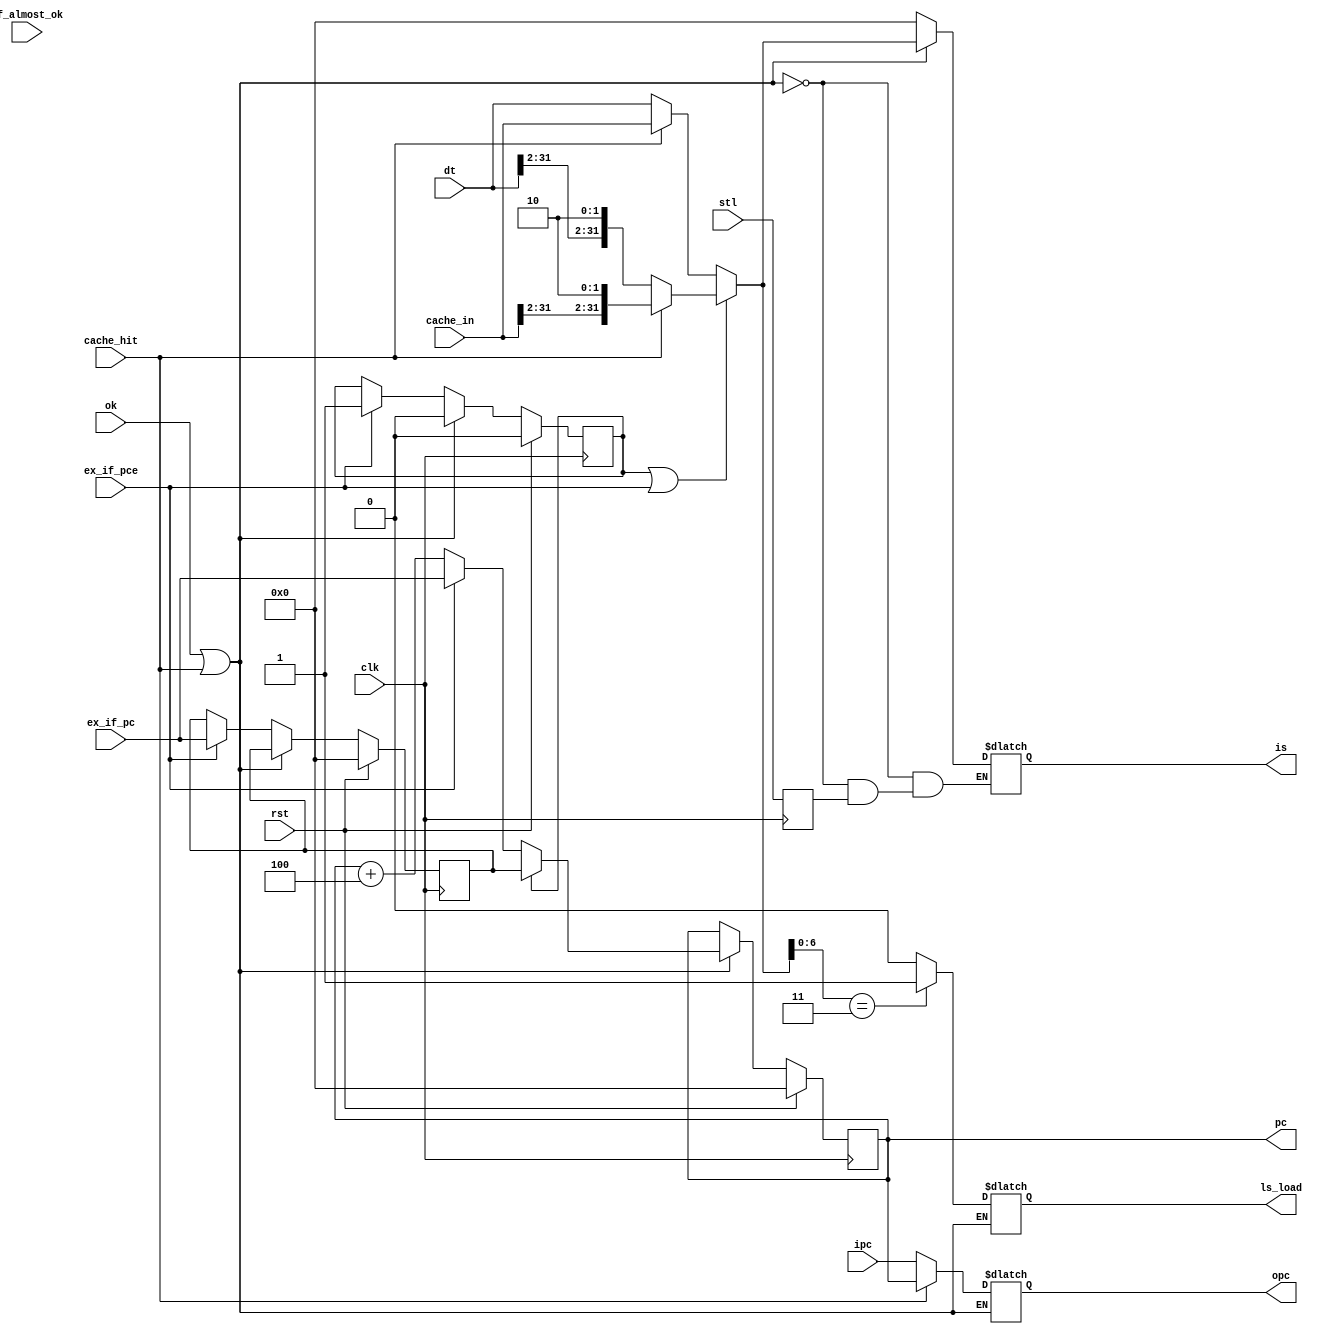
module inf (
    input   wire    clk,
    input   wire    rst,
    input   wire        ok,
    input   wire[31:0]  dt,
    output  reg[31:0]   pc,
    output  reg[31:0]   is,

    input   wire[31:0]  ex_if_pc,
    input   wire        ex_if_pce,

    input   wire        cache_hit,
    input   wire[31:0]  cache_in,
    
    input   wire        if_almost_ok,
    output  reg         ls_load,
    
    input   wire[31:0]  ipc,
    output  reg[31:0]   opc,

    input   wire        stl
);

    reg     invalid;
    reg     rcd;

    reg         npce;
    reg[31:0]   npc;
    
    reg     ls_stl;

    always @ (posedge clk) begin
        ls_stl <= stl;
        if (rst == 1'b1) begin
            pc      <= 0;
            rcd     <= 0;
            npce    <= 0;
            npc     <= 0;
        end else if (ok == 1 || cache_hit == 1) begin
            if (npce == 1) begin
                pc <= npc;
                npce <= 0;
            end else if (ex_if_pce == 1) begin
                pc <= ex_if_pc;
            end else begin
                pc <= pc + 4;
            end
        end else if (ex_if_pce == 1) begin
            npc     <= ex_if_pc;
            npce    <= 1;
        end
    end
    
//    always @ (posedge clk) begin
//        if (is[6:0] == 7'b0000011) begin
//            ls_load = 1;
//        end else begin
//            ls_load = 0;
//        end
//    end

    always @ (*) begin
//        $display("IF TRI %d %d %d %d", $time, ok, cache_hit, ls_stl);
        if (ok == 1 || cache_hit == 1) begin
            if (npce == 1 || ex_if_pce == 1) begin
                if (cache_hit == 1) begin
                    is = {cache_in[31: 2], 2'b10};
                    opc = pc;
                end else begin
                    is = {dt[31: 2], 2'b10};
                    opc = ipc;
                end
            end else begin
                if (cache_hit == 1) begin
                    is = cache_in;
                    opc = pc;
                end else begin 
                    is = dt;
                    opc = ipc;
                end
            end
            if (is[6:0] == 7'b000011) begin
                ls_load = 1;
            end else begin
                ls_load = 0;
            end
        end else if (ls_stl == 0) begin
            is  = 0;
        end
    end

endmodule